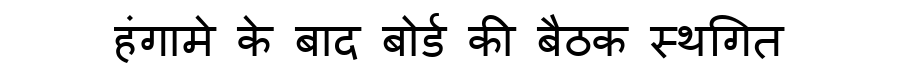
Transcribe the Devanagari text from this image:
हंगामे के बाद बोर्ड की बैठक स्थगित